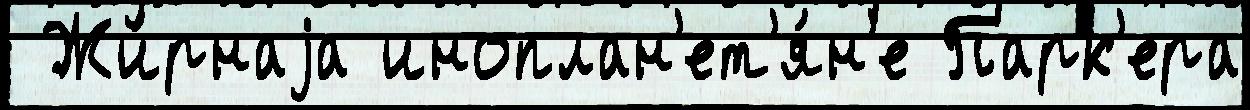
 Жи́рнаjа иноплан'ет'я́н'е Парк'ера